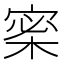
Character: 𡩎